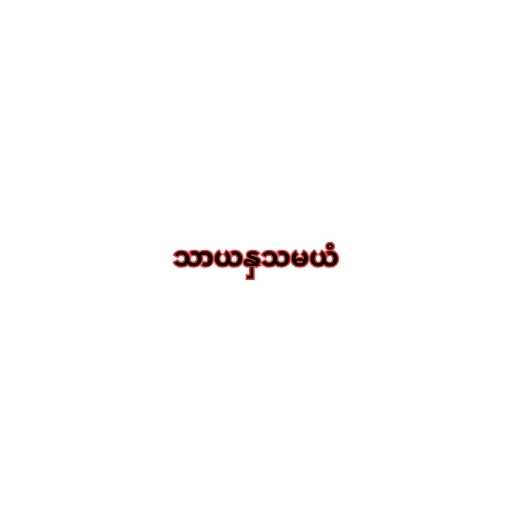
သာယနှသမယံ